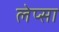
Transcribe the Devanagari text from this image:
लेप्सा